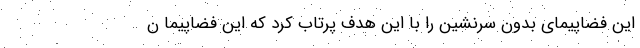
این فضاپیمای بدون سرنشین را با این هدف پرتاب کرد که این فضاپیما ن